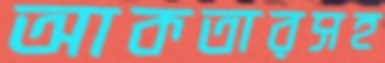
আকতারসহ